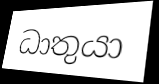
ධාතුයා